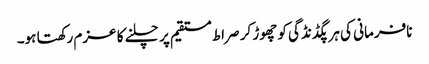
نافرمانی کی ہر پگڈنڈگی کو چھوڑ کر صراط مستقیم پر چلنے کا عزم رکھتا ہو۔